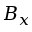
B _ { x }